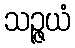
သဉ္ဇယံ